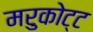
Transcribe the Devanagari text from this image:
मरुकोट्ट